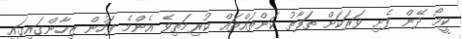
ކީމޯ ދޭން ފެށި ވަރަކަށް ތަފާތު ކަންތައްތައް ކުރިމަތިވެ އެންމެ ފަހުން ޒިހާންގައިގައި